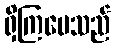
ရှိကြပေသည်